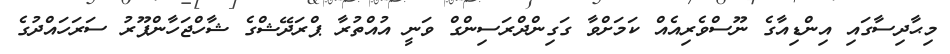
މިޙާދިސާގައި އިންޑިއާގެ ނޫސްވެރިއެއް ކަމަށްވާ ގަގިންދްރަސިންގް ވަނީ އުއްތުރާ ޕްރަދޭޝްގެ ޝާހްޖަހާންޕޫރު ސަރަހައްދުގެ